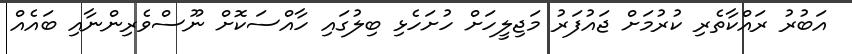
އަބުރު ރައްކާތެރި ކުރުމަށް ޖައުފަރު މަޖިލީހަށް ހުށަހެޅި ބިލުގައި ހާއްސަކޮށް ނޫސްވެރިންނާއި ބައެއް